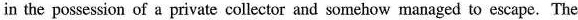
in the possession of a private collector and somehow managed to escape. The